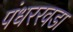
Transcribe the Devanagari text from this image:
पंधररवडा